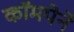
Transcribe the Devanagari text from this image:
कॉमपेने